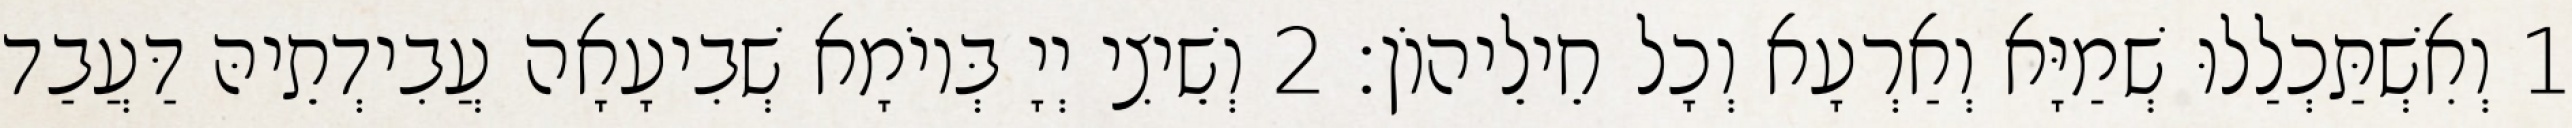
1 וְאִשְׁתַּכְלַלוּ שְׁמַיָּא וְאַרְעָא וְכָל חֵילֵיהוֹן׃ 2 וְשֵׁיצִי יְיָ בְּיוֹמָא שְׁבִיעָאָה עֲבִידְתֵיהּ דַּעֲבַד